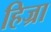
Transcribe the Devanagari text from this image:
हिज्रा